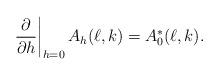
LaTeX: \begin{align*}\left.\frac{\partial}{\partial h}\right|_{h=0}A_h(\ell,k)=A_0^\ast(\ell,k).\end{align*}